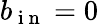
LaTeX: b_{\mathrm{~i~n~}}=0